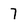
Character: 7